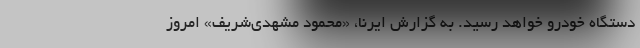
دستگاه خودرو خواهد رسید. به گزارش ایرنا، «محمود مشهدی‌شریف» امروز